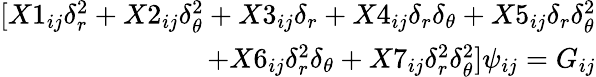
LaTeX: \begin{array}{r}{[X1_{ij}\delta_{r}^{2}+X2_{ij}\delta_{\theta}^{2}+X3_{ij}\delta_{r}+X4_{ij}\delta_{r}\delta_{\theta}+X5_{ij}\delta_{r}\delta_{\theta}^{2}}\\ {+X6_{ij}\delta_{r}^{2}\delta_{\theta}+X7_{ij}\delta_{r}^{2}\delta_{\theta}^{2}]\psi_{ij}=G_{ij}}\end{array}